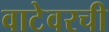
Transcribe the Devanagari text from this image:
वाटेवरची